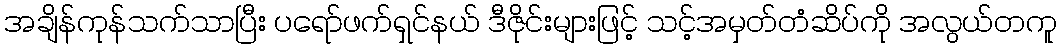
အချိန်ကုန်သက်သာပြီး ပရော်ဖက်ရှင်နယ် ဒီဇိုင်းများဖြင့် သင့်အမှတ်တံဆိပ်ကို အလွယ်တကူ